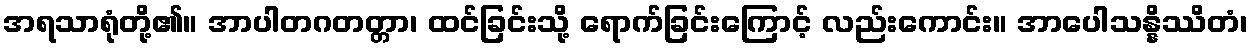
အရသာရုံတို့၏။ အာပါတဂတတ္တာ၊ ထင်ခြင်းသို့ ရောက်ခြင်းကြောင့် လည်းကောင်း။ အာပေါသန္နိဿိတံ၊